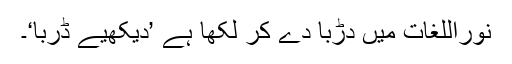
نوراللغات میں دڑبا دے کر لکھا ہے ’دیکھیے ڈربا‘۔